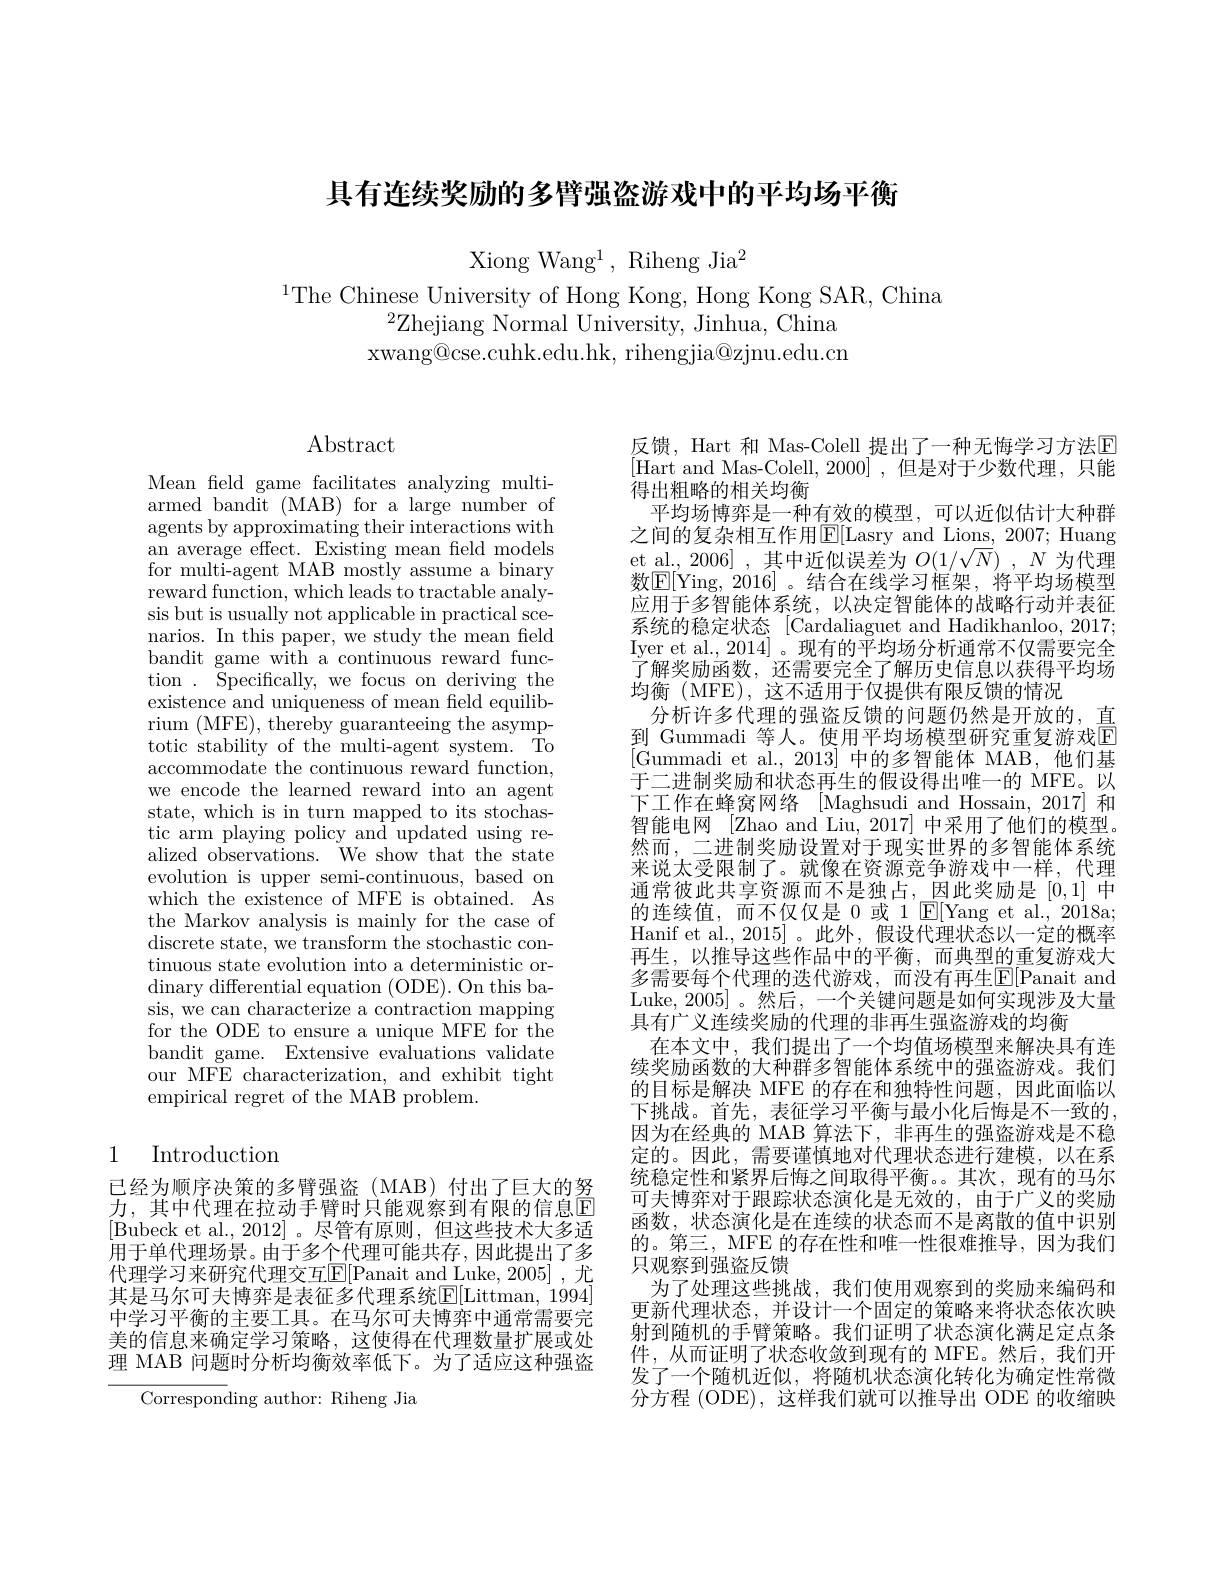
具有连续奖励的多臂强盗游戏中的平均场平衡

Xiong Wang$^1$,Riheng Jia$^2$

$^{1}$The Chinese University of Hong Kong, Hong Kong SAR, China
$^{2}$Zhejiang Normal University, Jinhua, China xwang@cse.cuhk.edu.hk, rihengjia@zjnu.edu.cn

$\operatorname{Abstract}$

Mean feld game facilitates analyzing multiarmed bandit (MAB) for a large number of agents by approximating their interactions with an average effect. Existing mean field models for multi-agent MAB mostly assume a binary reward function, which leads to tractable analysis but is usually not applicable in practical scenarios. In this paper, we study the mean feld bandit game with a continuous reward function. Specifically,we focus on deriving the existence and uniqueness of mean field equilibrium (MFE), thereby guaranteeing the asymptotic stability of the multi-agent system. To accommodate the continuous reward function, we encode the learned reward into an agent state, which is in turn mapped to its stochastic arm playing policy and updated using realized observations. We show that the state evolution is upper semi-continuous, based on which the existence of MFE is obtained. As the Markov analysis is mainly for the case of discrete state, we transform the stochastic continuous state evolution into a deterministic ordinary differential equation (ODE). On this basis, we can characterize a contraction mapping for the ODE to ensure a unique MFE for the bandit game. Extensive evaluations validate our MFE characterization, and exhibit tight empirical regret of the MAB problem.

## 1 Introduction

已经为顺序决策的多臂强盗(MAB)付出了巨大的努力，其中代理在拉动手臂时只能观察到有限的信息E [Bubeck et al., 2012]。尽管有原则，但这些技术大多适用于单代理场景。由于多个代理可能共存，因此提出了多代理学习来研究代理交互E[Panait and Luke, 2005] , 尤其是马尔可夫博弈是表征多代理系统$\mathbb{E}[$Littman, 1994] 中学习平衡的主要工具。在马尔可夫博弈中通常需要完美的信息来确定学习策略，这使得在代理数量扩展或处理 MAB 问题时分析均衡效率低下。为了适应这种强盗

Corresponding author: Riheng Jia

反馈，Hart 和 Mas-Colell 提出了一种无悔学习方法$\mathbb{E}$ [Hart and Mas-Colell,2000],但是对于少数代理，只能得出粗略的相关均衡
平均场博弈是一种有效的模型，可以近似估计大种群之间的复杂相互作用E[Lasry and Lions, 2007; Huang et al., 2006] , 其中近似误差为$O(1/\sqrt{N})$ , $N$为代理数$\boxed{\mathrm{E}[\mathrm{Ying,2016]~。结合在线学习框架，将平均场模型}}$ 应用于多智能体系统，以决定智能体的战略行动并表征系统的稳定状态 [Cardaliaguet and Hadikhanloo, 2017; Iyer et al., 2014] 。现有的平均场分析通常不仅需要完全了解奖励函数，还需要完全了解历史信息以获得平均场均衡 (MFE), 这不适用于仅提供有限反馈的情况
分析许多代理的强盗反馈的问题仍然是开放的，直到 Gummadi 等人。使用平均场模型研究重复游戏E [Gummadi et al., 2013] 中的多智能体 MAB,他们基于二进制奖励和状态再生的假设得出唯一的 MFE。以下工作在蜂窝网络 [Maghsudi and Hossain, 2017] 和智能电网 [Zhao and Liu, 2017] 中采用了他们的模型。然而，二进制奖励设置对于现实世界的多智能体系统来说太受限制了。就像在资源竞争游戏中一样，代理通常彼此共享资源而不是独占，因此奖励是[0,1] 中的连续值，而不仅仅是 0 或 1 $\mathbb{E}[$Yang et al., 2018a; Hanif et al., 2015]。此外，假设代理状态以一定的概率再生，以推导这些作品中的平衡，而典型的重复游戏大多需要每个代理的迭代游戏，而没有再生$\mathbb{E}[$Panait and Luke, 2005]。然后，一个关键问题是如何实现涉及大量具有广义连续奖励的代理的非再生强盗游戏的均衡
在本文中，我们提出了一个均值场模型来解决具有连续奖励函数的大种群多智能体系统中的强盗游戏。我们的目标是解决 MFE 的存在和独特性问题，因此面临以下挑战。首先，表征学习平衡与最小化后悔是不一致的， 因为在经典的 MAB 算法下，非再生的强盗游戏是不稳定的。因此，需要谨慎地对代理状态进行建模，以在系统稳定性和紧界后悔之间取得平衡。。其次，现有的马尔可夫博弈对于跟踪状态演化是无效的，由于广义的奖励函数，状态演化是在连续的状态而不是离散的值中识别的。第三，MFE 的存在性和唯一性很难推导，因为我们只观察到强盗反馈
为了处理这些挑战，我们使用观察到的奖励来编码和更新代理状态，并设计一个固定的策略来将状态依次映射到随机的手臂策略。我们证明了状态演化满足定点条件，从而证明了状态收敛到现有的 MFE。然后，我们开发了一个随机近似，将随机状态演化转化为确定性常微分方程 (ODE), 这样我们就可以推导出 ODE 的收缩映